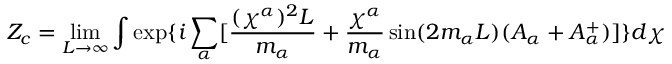
Z _ { c } = \operatorname * { l i m } _ { L \rightarrow \infty } \int \exp \{ i \sum _ { \alpha } [ \frac { ( \chi ^ { \alpha } ) ^ { 2 } L } { m _ { \alpha } } + \frac { \chi ^ { \alpha } } { m _ { \alpha } } \sin ( 2 m _ { \alpha } L ) ( A _ { \alpha } + A _ { \alpha } ^ { + } ) ] \} d \chi